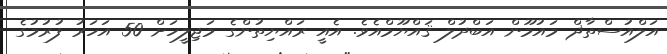
އަލްއުސްތާޛް މައުމޫން އަބްދުލް ޤައްޔޫމްއެވެ. އެއީ ރައްޔިތުންގެ މަޖިލީހަށް 50 އަހަރު ފުރުމުގެ